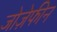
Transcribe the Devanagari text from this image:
जोज़ेफीन